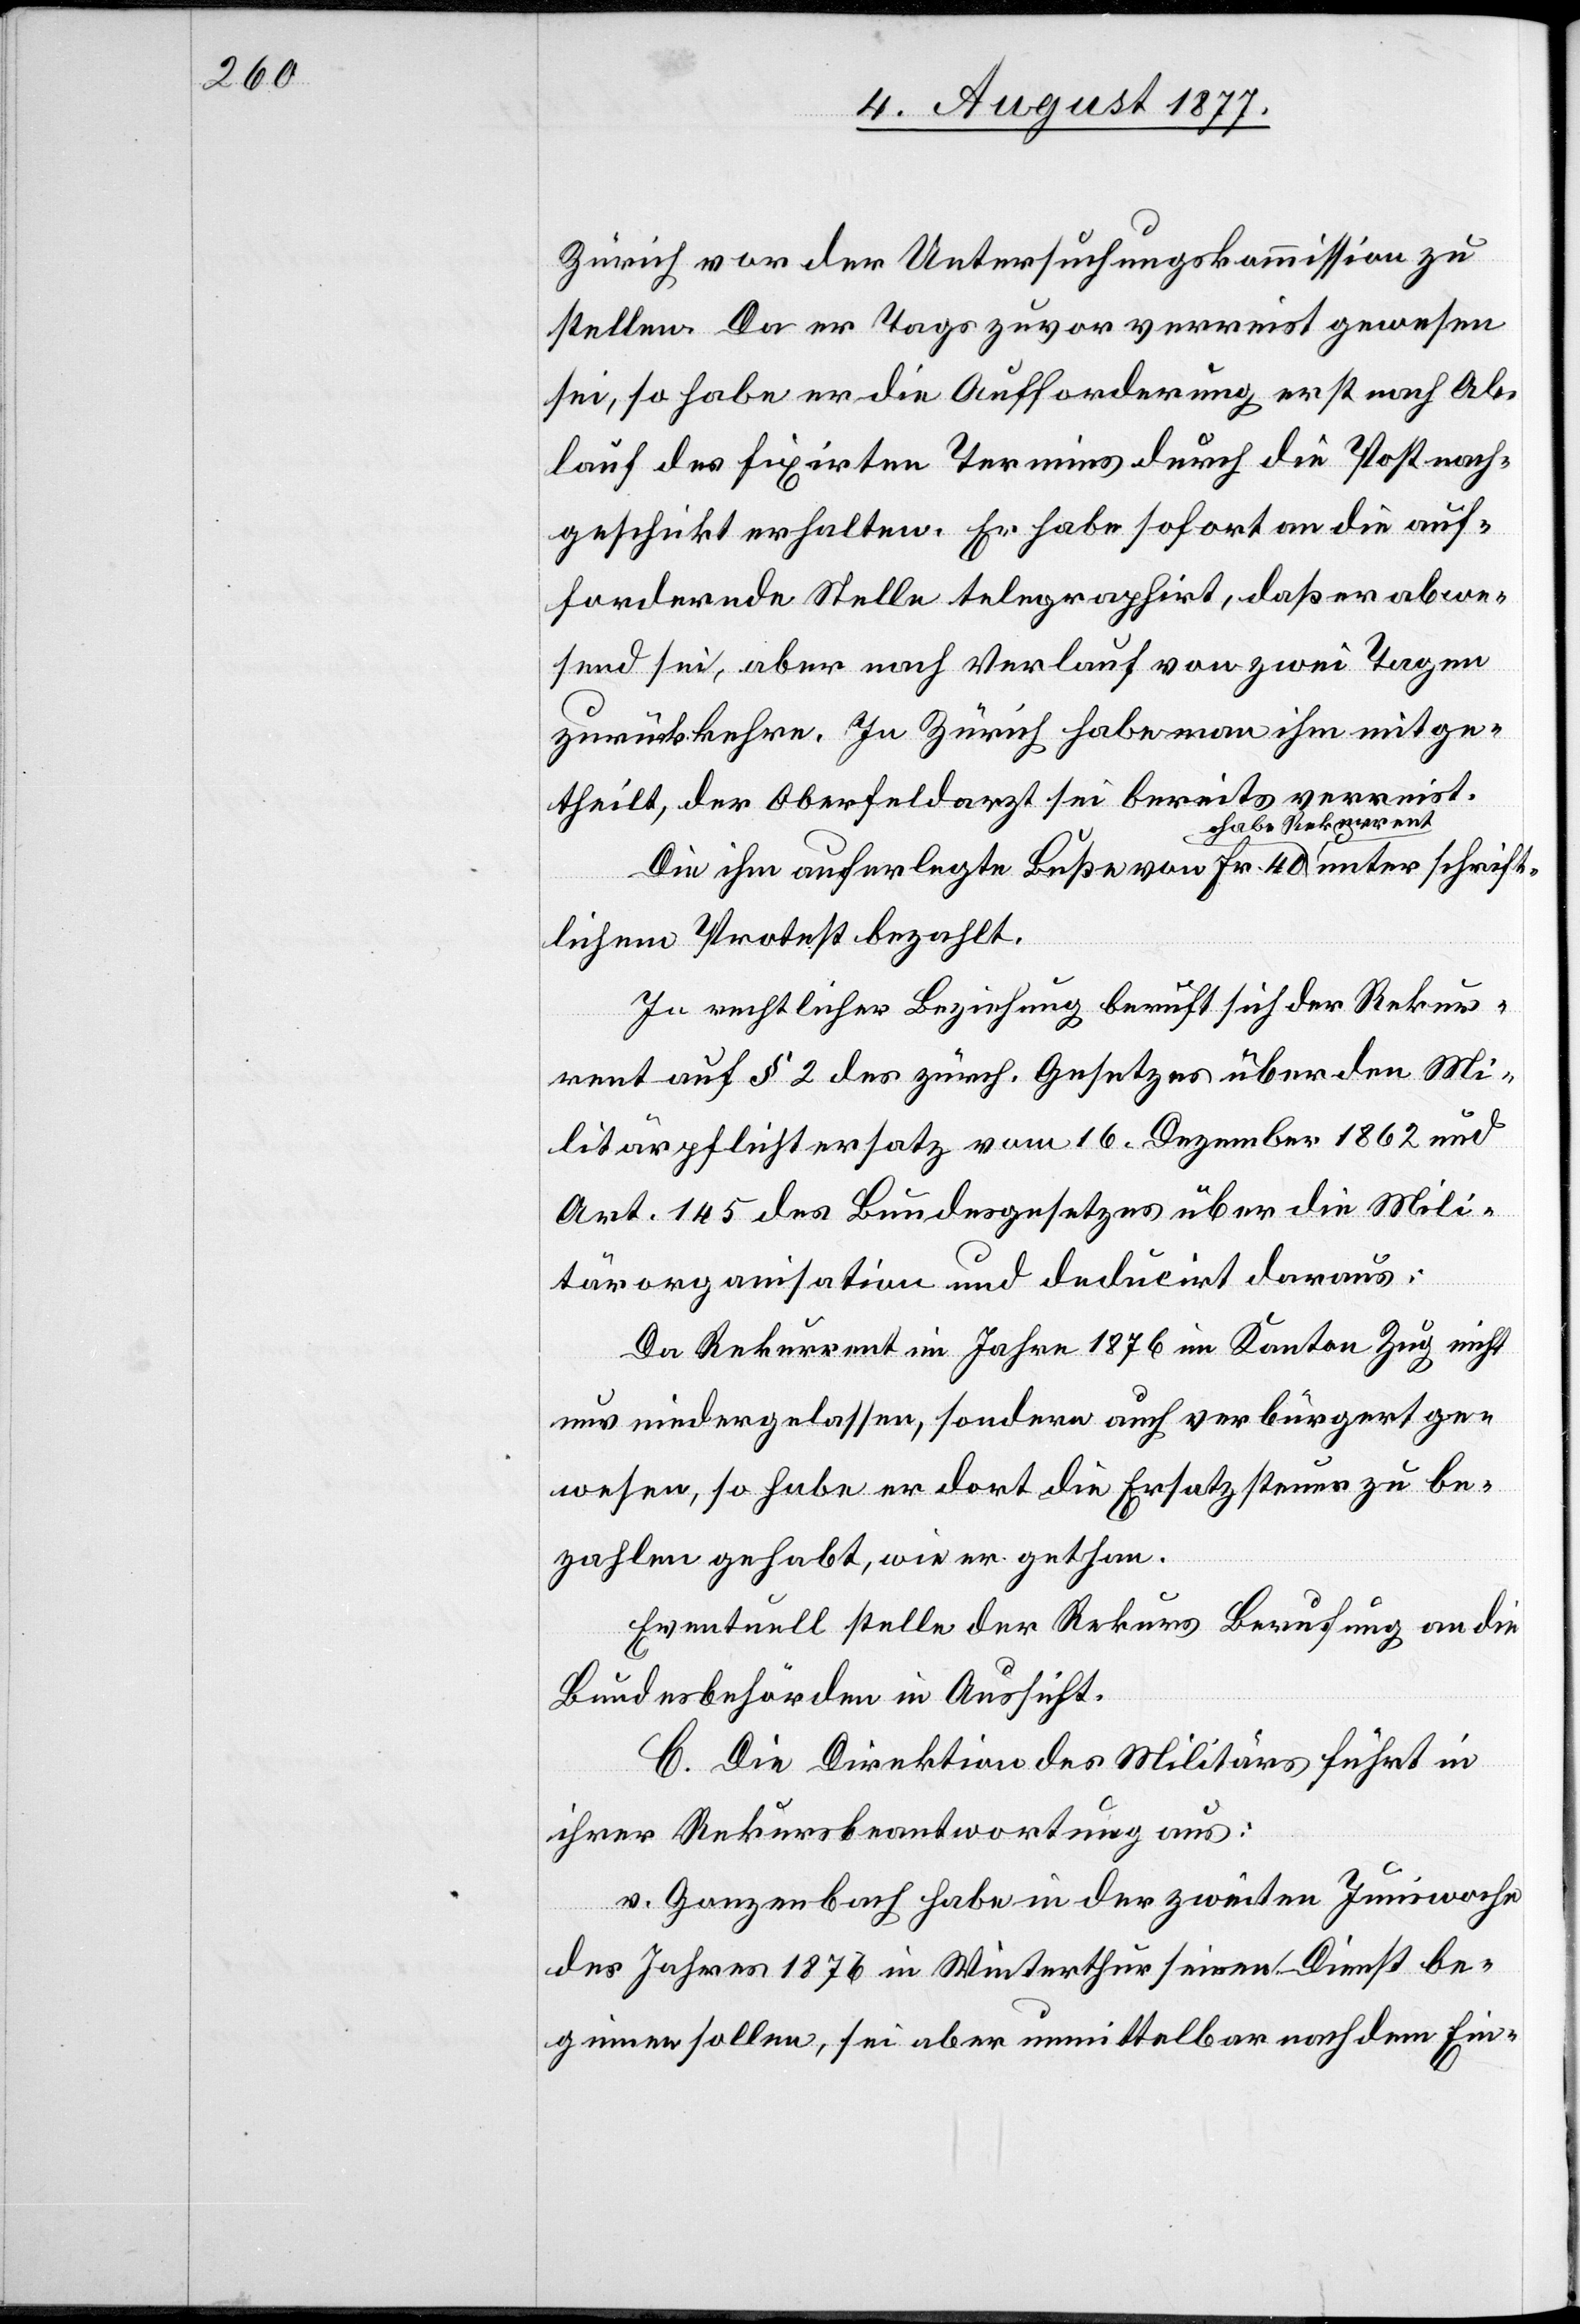
h¬
Zürich vor der Untersuchungskommission zu
stellen. Da er Tags zuvor verreist gewesen
sei, so habe er die Aufforderung erst nach Ab¬
lauf des fixirten Termins durch die Post nach¬
geschickt erhalten. Er habe sofort an die auf¬
fordernde Stelle telegraphirt, daß er abwe¬
send sei, aber nach Verlauf von zwei Tagen
zurückkehre. In Zürich habe man ihm mitge¬
theilt, der Oberfeldarzt sei bereits verreist.
Die ihm auferlegte Buße von Fr. 40 habe Rekurrent
riftlichem Protest bezahlt.
In rechtlicher Beziehung beruft sich der Rekur¬
rent auf § 2 des zürch. Gesetzes über den Mi¬
litärpflichtersatz vom 16. Dezember 1862 und
Art. 145 des Bundesgesetzes über die Mili¬
tärorganisation und deducirt daraus:
Da Rekurrent im Jahre 1876 im Kanton Zug nicht
nur niedergelassen, sondern auch verbürgert ge¬
wesen, so habe er dort die Ersatzsteuer zu be¬
zahlen gehabt, wie er gethan.
Eventuell stelle der Rekurs Berufung an die
Bundesbehörden in Aussicht.
C. Die Direktion des Militärs führt in
ihrer Rekursbeantwortung aus:
v. Gonzenbach habe in der zweiten Juniwoche
des Jahres 1876 in Winterthur seinen Dienst be¬
ginnen sollen, sei aber unmittelbar nach dem Ein-